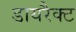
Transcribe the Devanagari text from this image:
डायरैक्ट